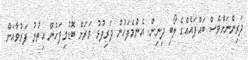
ދަރިންނަށްވެސް ބައްޕައެއްގެ ލޯބި ދިނިން. އެންމެފަހުން ދަރިފުޅު ވަރަށް ބޮޑުވިފަހުން އިތުރު ފަރުވާއަށް